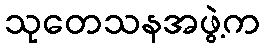
သုတေသနအဖွဲ့က